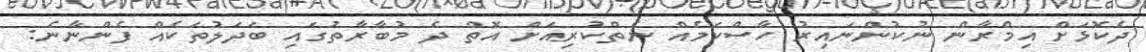
ދެކޮޅަށް އިމްރާން ނުކުންނައިރު ހާސްކަމެއް ނެތްކުރިއަށް އޮތް ދެ މުބާރާތުގައި ބަދަލުތަކެއް ފެންނާނެ: